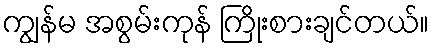
ကျွန်မ အစွမ်းကုန် ကြိုးစားချင်တယ်။